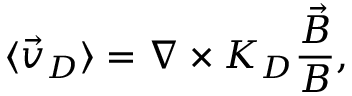
\langle \vec { v } _ { D } \rangle = \nabla \times K _ { D } \frac { \vec { B } } { B } ,